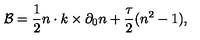
{ \cal B } = { \frac { 1 } { 2 } } n \cdot k \times \partial _ { 0 } n + { \frac { \tau } { 2 } } ( n ^ { 2 } - 1 ) ,